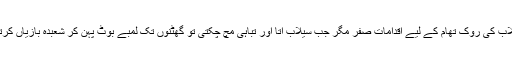
سیلاب کی روک تھام کے لیے اقدامات صفر مگر جب سیلاب آتا اور تباہی مچ چکتی تو گھٹنوں تک لمبے بوٹ پہن کر شعبدہ بازیاں کرتے۔